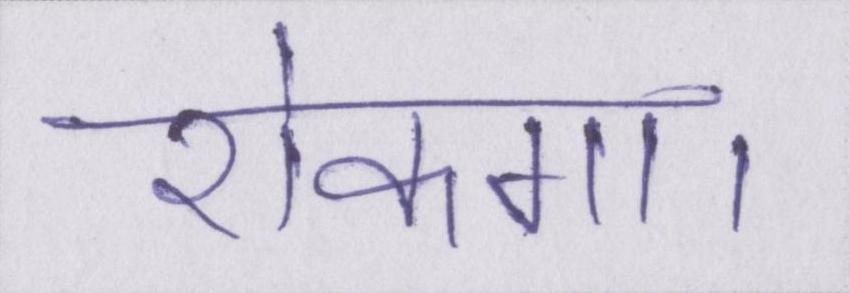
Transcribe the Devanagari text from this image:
रोकगा।